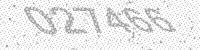
Solution: 027466